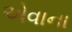
એવાના